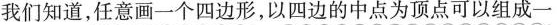
我们知道，任意画一个四边形，以四边的中点为顶点可以组成一